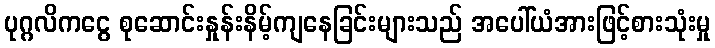
ပုဂ္ဂလိကငွေ စုဆောင်းနှုန်းနိမ့်ကျနေခြင်းများသည် အပေါ်ယံအားဖြင့်စားသုံးမှု